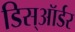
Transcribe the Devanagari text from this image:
डिस्ऑर्डर